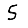
Digit: 5